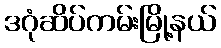
ဒဂုံဆိပ်ကမ်းမြို့နယ်